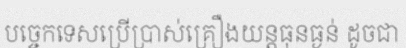
បច្ចេកទេសប្រើប្រាស់គ្រឿងយន្តធុនធ្ងន់ ដូចជា